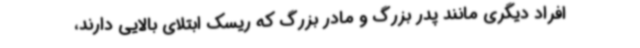
افراد دیگری مانند پدر بزرگ و مادر بزرگ که ریسک ابتلای بالایی دارند،